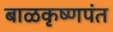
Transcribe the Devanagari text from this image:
बाळकृष्णपंत